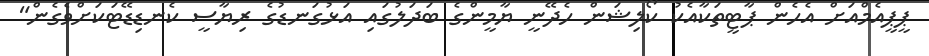
ޕީޕީއެމްއަށް އެހެން ޕާޓީތަކާއެކު ކޯލިޝަން ހެދޭނީ ޔާމީންގެ ބަދަލުގައި އަޅުގަނޑުގެ ރިޔާސީ ކެނޑިޑޭޓަކަށްވެގެން"